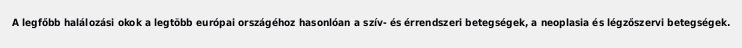
A legfőbb halálozási okok a legtöbb európai országéhoz hasonlóan a szív- és érrendszeri betegségek, a neoplasia és légzőszervi betegségek.